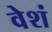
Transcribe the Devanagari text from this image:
वेशं